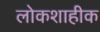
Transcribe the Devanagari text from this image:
लोकशाहीक